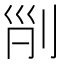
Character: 𠜊